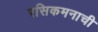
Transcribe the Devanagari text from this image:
रसिकमनाची